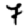
Digit: 7